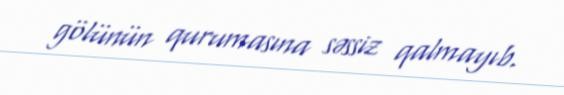
gölünün qurumasına səssiz qalmayıb.